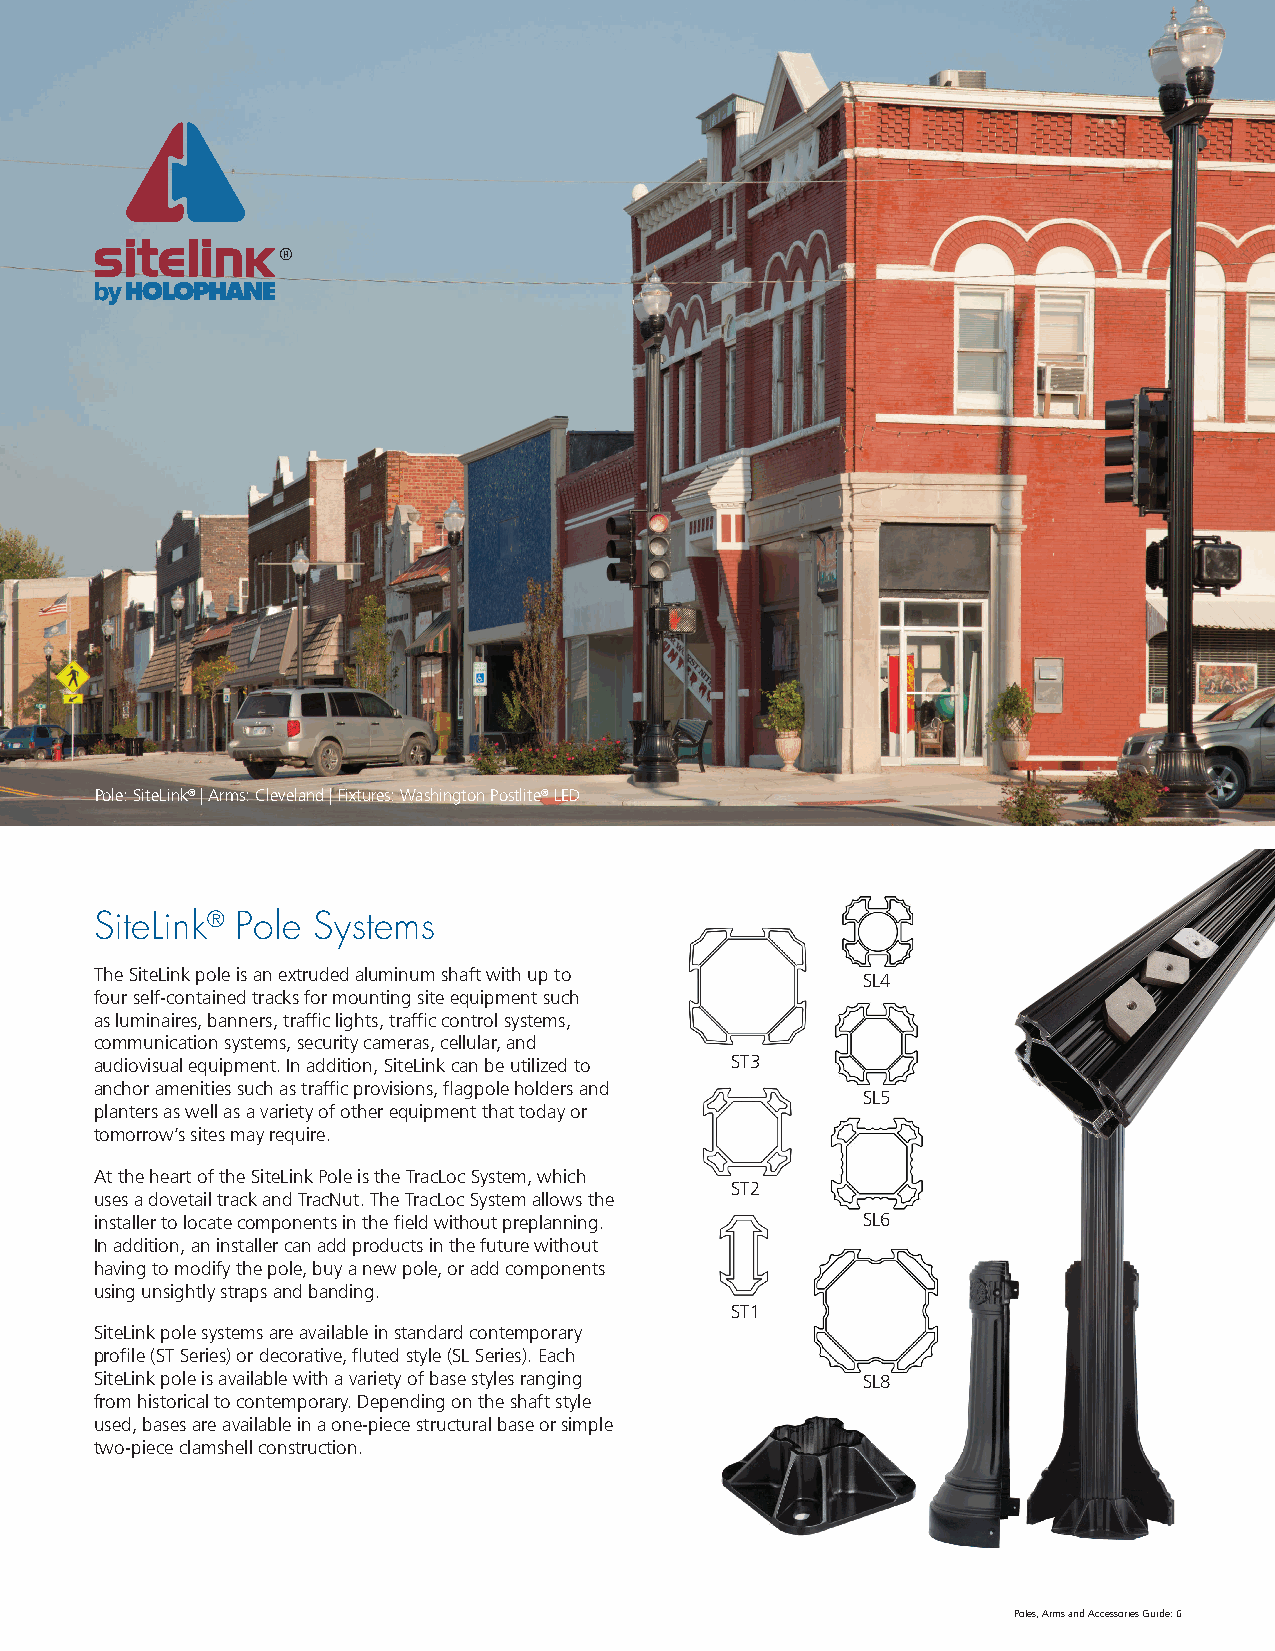
Pole: SiteLink® | Arms: Cleveland | Fixtures: Washington Postlite® LED
 SiteLink® Pole Systems
 The SiteLink pole is an extruded aluminum shaft with up to SL4
 four self-contained tracks for mounting site equipment such
 as luminaires, banners, traffic lights, traffic control systems,
 communication systems, security cameras, cellular, and
 audiovisual equipment. In addition, SiteLink can be utilized to ST3
 anchor amenities such as traffic provisions, flagpole holders and
 SL5
 planters as well as a variety of other equipment that today or
 tomorrow’s sites may require.
 At the heart of the SiteLink Pole is the TracLoc System, which
 ST2
 uses a dovetail track and TracNut. The TracLoc System allows the
 installer to locate components in the field without preplanning. SL6
 In addition, an installer can add products in the future without
 having to modify the pole, buy a new pole, or add components
 using unsightly straps and banding.
 ST1
 SiteLink pole systems are available in standard contemporary
 profile (ST Series) or decorative, fluted style (SL Series). Each
 SiteLink pole is available with a variety of base styles ranging SL8
 from historical to contemporary. Depending on the shaft style
 used, bases are available in a one-piece structural base or simple
 two-piece clamshell construction.
 Site  Link
 Poles, Arms and Accessories Guide: 6